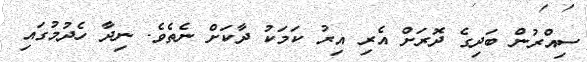
ސިއްރުން ބަދިގެ ދޮރަށް އެރި އިރު ކަމަކު ދާކަށް ނެތެވެ. ނިދާ ހެދުމުގައި